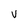
Character: V